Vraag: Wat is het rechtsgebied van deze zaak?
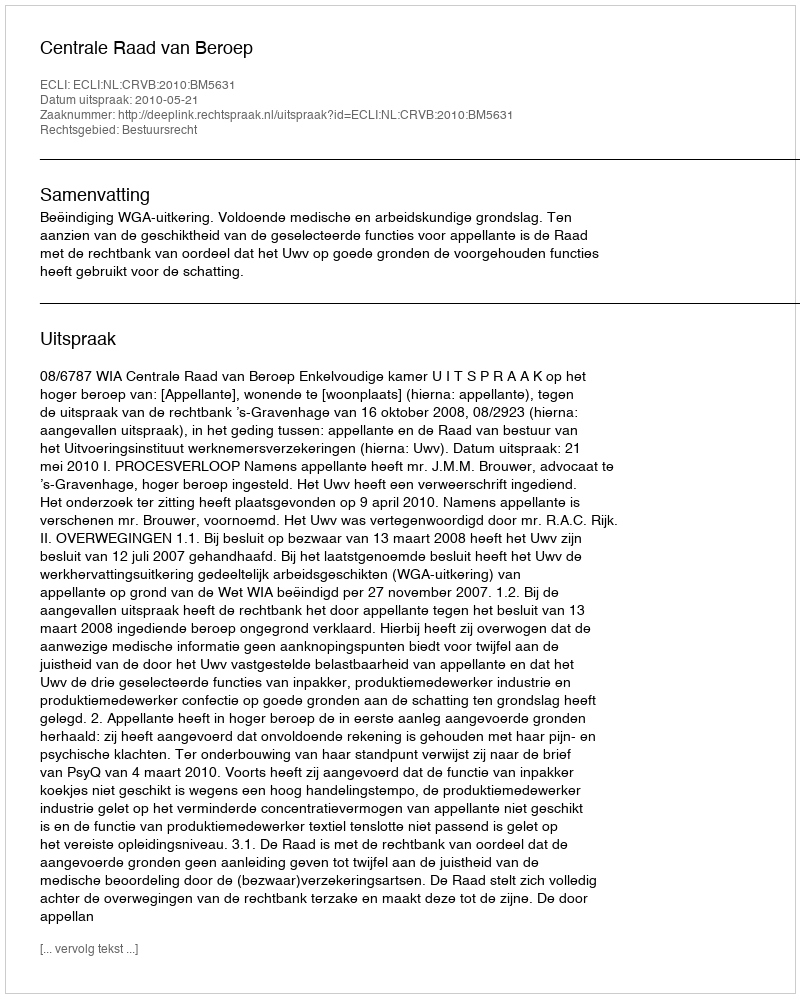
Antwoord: Bestuursrecht